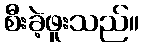
စီးခဲ့ဖူးသည်။